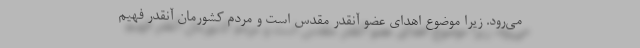
می‌رود. زیرا موضوع اهدای عضو آنقدر مقدس است و مردم کشورمان آنقدر فهیم